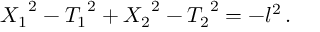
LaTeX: { X _ { 1 } } ^ { 2 } - { T _ { 1 } } ^ { 2 } + { X _ { 2 } } ^ { 2 } - { T _ { 2 } } ^ { 2 } = - l ^ { 2 } \, .